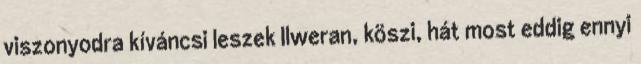
viszonyodra kíváncsi leszek Ilweran, köszi, hát most eddig ennyi